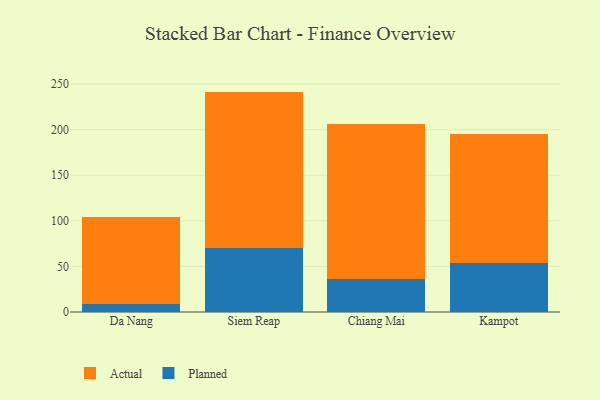
{"axis": {"x": "City", "y": "Conversion Rate (%)"}, "legend": ["Actual", "Planned"], "data": [{"x": "Da Nang", "y": 9.3, "type": "Planned"}, {"x": "Da Nang", "y": 94.9, "type": "Actual"}, {"x": "Siem Reap", "y": 70.3, "type": "Planned"}, {"x": "Siem Reap", "y": 171.4, "type": "Actual"}, {"x": "Chiang Mai", "y": 35.9, "type": "Planned"}, {"x": "Chiang Mai", "y": 170.2, "type": "Actual"}, {"x": "Kampot", "y": 53.8, "type": "Planned"}, {"x": "Kampot", "y": 141.4, "type": "Actual"}]}